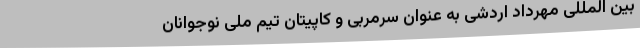
بین المللی مهرداد اردشی به عنوان سرمربی و کاپیتان تیم ملی نوجوانان